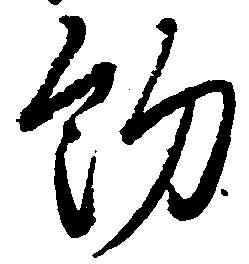
約